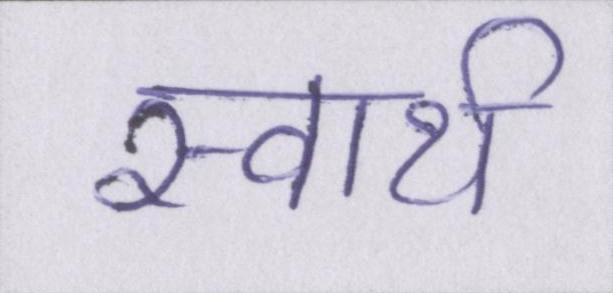
स्वार्थ